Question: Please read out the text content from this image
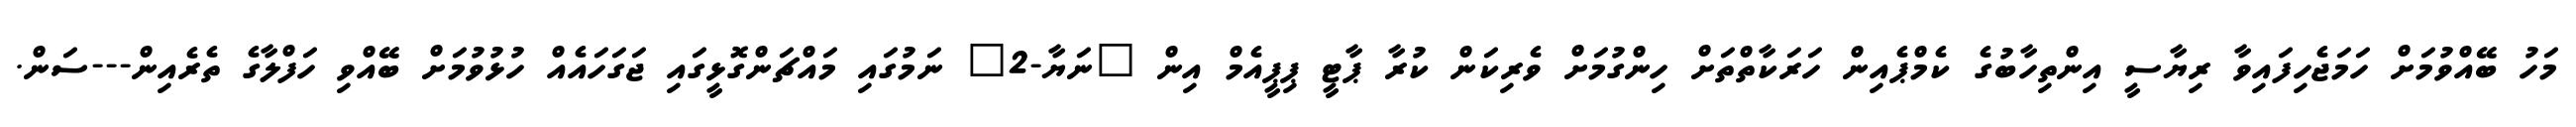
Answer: މަހު ބޭއްވުމަށް ހަމަޖެހިފައިވާ ރިޔާސީ އިންތިހާބުގެ ކެމްޕެއިން ހަރަކާތްތަށް ހިންގުމަށް ވެރިކަން ކުރާ ޕާޓީ ޕިޕީއެމް އިން "ނަޔާ-2" ނަމުގައި މައްޗަންގޮޅީގައި ޖަގަހައެއް ހުޅުވުމަށް ބޭއްވި ހަފްލާގެ ތެރެއިން---ސަން.